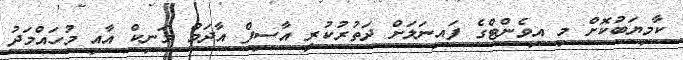
ކާމިޔަބުކޮށް މި އިވެންޓްގެ ފައިނަލަށް ދަތުރުކުރީ އާސިފް އާދަމް މަނިކް އާއި މުހައްމަދު